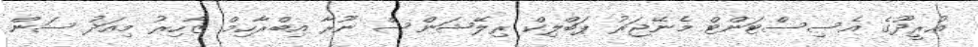
އުރީދޫގެ އެސިސްޓަންޓް މެނޭޖަރު ޕަބްލިކް ރިލޭޝަންސް ނޫރާ އިބްރާހިމް ޒާހިރު މިއަދު ސަން